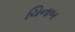
ચિનાબ